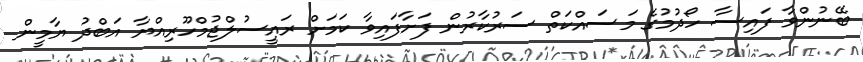
ބޭނުންވާ ފައިސާ ހޯދުމުގެ މަސައްކަތް ސަރުކާރުން ފަށާފައިވާ ކަމަށް ރައީސުލްޖުމްހޫރިއްޔާ އަބްދު ޔާމީން